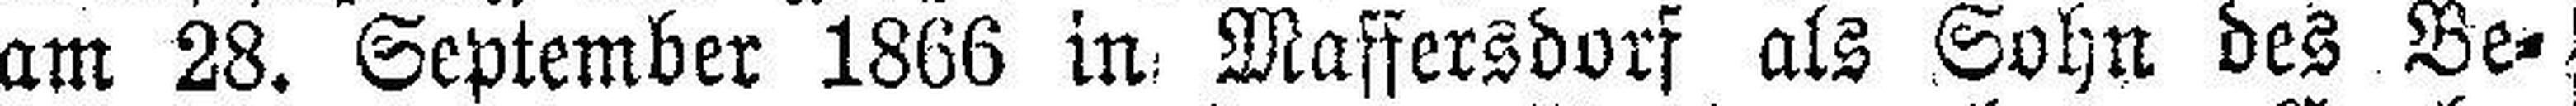
am 28. September 1866 in Maffersdorf als Sohn des Be¬